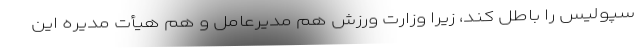
سپولیس را باطل کند، زیرا وزارت ورزش هم مدیرعامل و هم هیأت مدیره این